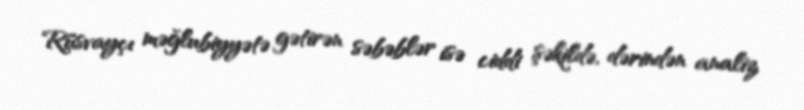
Rüsvayçı məğlubiyyətə gətirən səbəblər isə ciddi şəkildə, dərindən analiz